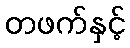
တဖက်နှင့်